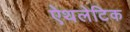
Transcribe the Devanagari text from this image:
ऐथलेटिक